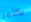
والأمر